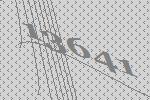
13641